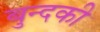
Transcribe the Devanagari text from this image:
बुन्दकी